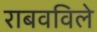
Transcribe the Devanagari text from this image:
राबवविले